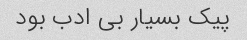
پیک بسیار بى ادب بود